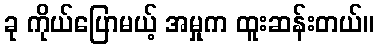
ခု ကိုယ်ပြောမယ့် အမှုက ထူးဆန်းတယ်။